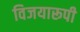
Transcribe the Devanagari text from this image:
विजयारूपी